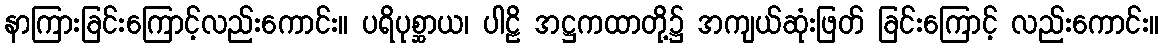
နာကြားခြင်းကြောင့်လည်းကောင်း။ ပရိပုစ္ဆာယ၊ ပါဠိ အဋ္ဌကထာတို့၌ အကျယ်ဆုံးဖြတ် ခြင်းကြောင့် လည်းကောင်း။